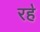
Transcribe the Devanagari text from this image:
रह॓